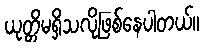
ယုတ္တိမရှိသလိုဖြစ်နေပါတယ်။